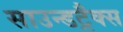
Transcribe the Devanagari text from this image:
साउन्डट्रैक्स